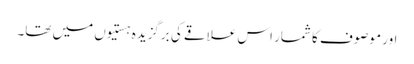
اور موصوف کا شمار اس علاقے کی برگزیدہ ہستیوں میں تھا۔